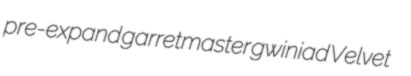
pre-expand garretmaster gwiniad Velvet